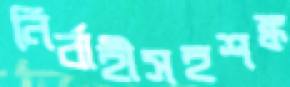
নির্বাহীসহশঙ্ক